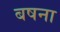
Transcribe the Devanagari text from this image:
बषना